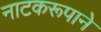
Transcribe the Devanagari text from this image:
नाटकरूपाने